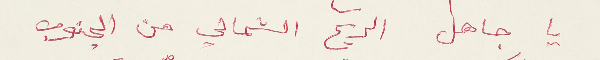
يا جاهل الريح الشمالي من الجنوب